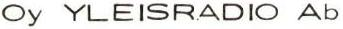
Oy YLEISRADIO Ab